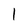
Character: 1